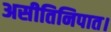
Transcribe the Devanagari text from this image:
असीतिनिपात।